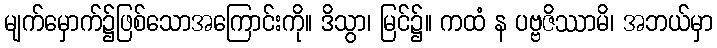
မျက်မှောက်၌ဖြစ်သောအကြောင်းကို။ ဒိသွာ၊ မြင်၌။ ကထံ န ပဗ္ဗဇိဿာမိ၊ အဘယ်မှာ